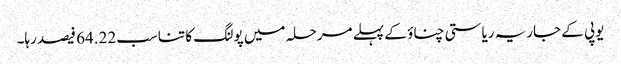
یوپی کے جاریہ ریاستی چناؤ کے پہلے مرحلہ میں پولنگ کا تناسب 64.22 فیصد رہا۔